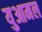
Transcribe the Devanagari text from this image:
युआमल